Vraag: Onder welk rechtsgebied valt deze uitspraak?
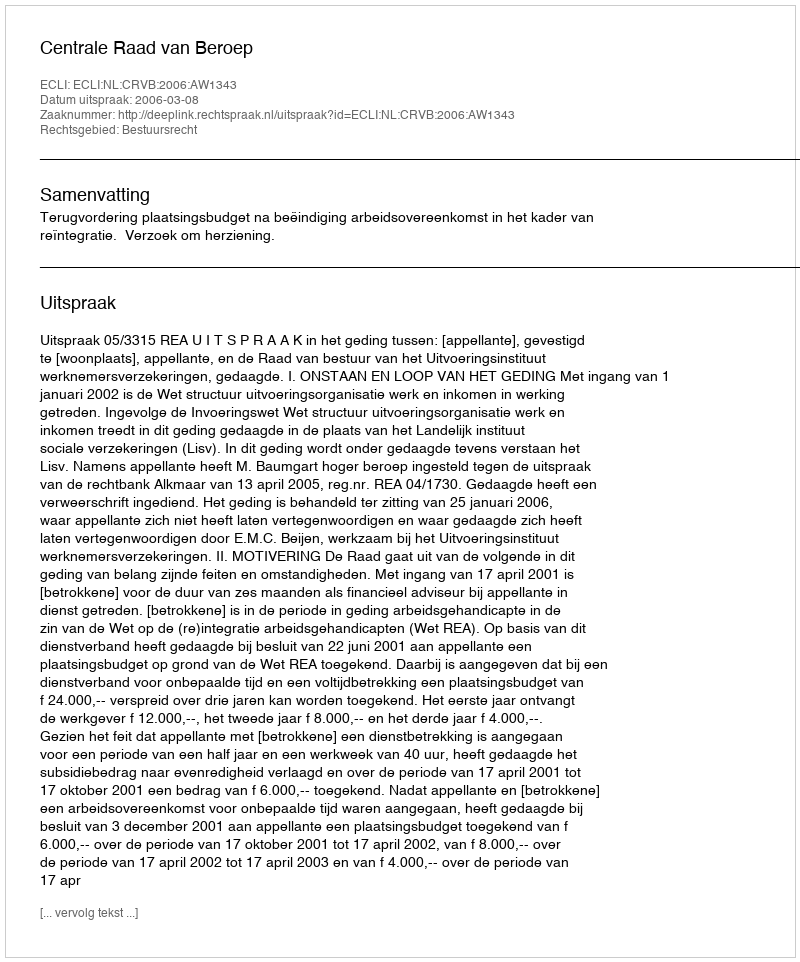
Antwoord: Bestuursrecht